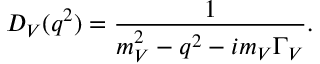
D _ { V } ( q ^ { 2 } ) = \frac { 1 } { m _ { V } ^ { 2 } - q ^ { 2 } - i m _ { V } \Gamma _ { V } } .